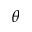
\theta